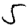
Digit: 5